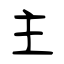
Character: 主